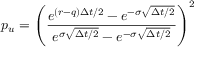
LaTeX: p _ { u } = \left( { \frac { e ^ { ( r - q ) \Delta t / 2 } - e ^ { - \sigma { \sqrt { \Delta t / 2 } } } } { e ^ { \sigma { \sqrt { \Delta t / 2 } } } - e ^ { - \sigma { \sqrt { \Delta t / 2 } } } } } \right) ^ { 2 }